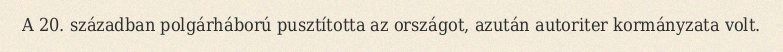
A 20. században polgárháború pusztította az országot, azután autoriter kormányzata volt.